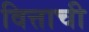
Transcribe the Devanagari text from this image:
वित्ताची